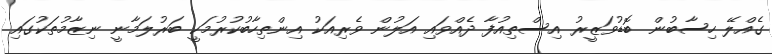
ގެއްލޭ ހިސާބުން ބޮޑުވަޒީރު އިސްތިއުފާ ދެއްވައި އަލުން ވެރިއަކު އިންތިހާބުކުރުމަކީ ބަރުލަމާނީ ނިޒާމުތަކުގައި